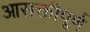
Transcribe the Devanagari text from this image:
आसक्तीपूर्ण